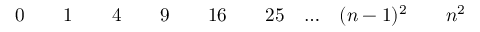
\begin{array} { c c c c c c c c c c c c c c c } { 0 } & { } & { 1 } & { } & { 4 } & { } & { 9 } & { } & { 1 6 } & { } & { 2 5 } & { \ldots } & { ( n - 1 ) ^ { 2 } } & { } & { n ^ { 2 } } \end{array}